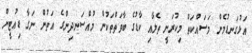
އަޅުގަނޑުމެން މަސައްކަތް މިކުރަނީ ތެލާއި ކާޑުގެ ބާވަތްތަކުން މުއްސަނދިންގެ އަތުން ނަގާ ޑިއުޓީން